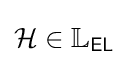
{\mathcal {H}}\in \mathbb {L} _{\textsf {EL}}